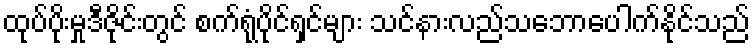
ထုပ်ပိုးမှုဒီဇိုင်းတွင် စက်ရုံပိုင်ရှင်များ သင်နားလည်သဘောပေါက်နိုင်သည်